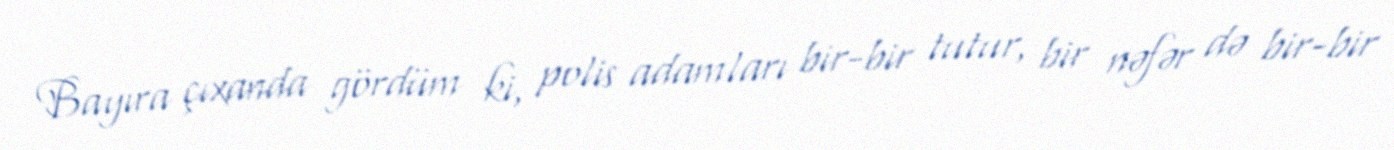
Bayıra çıxanda gördüm ki, polis adamları bir-bir tutur, bir nəfər də bir-bir